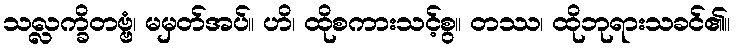
သလ္လက္ခိတဗ္ဗံ၊ မမှတ်အပ်။ ဟိ၊ ထိုစကားသင့်စွ။ တဿ၊ ထိုဘုရားသခင်၏။